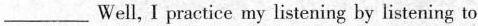
___Well, I practice my listening by listening to